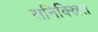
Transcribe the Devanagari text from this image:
सनिक्स्रित